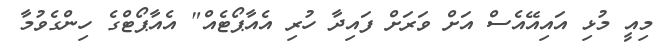
މިއީ މުޅި އައިއޭއެސް އަށް ވަރަށް ފައިދާ ހުރި އެއާޕޯޓެއް" އެއާޕޯޓްގެ ހިންގެވުމާ